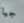
جيا